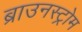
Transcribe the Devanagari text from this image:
ब्राउनस्ट्रोम